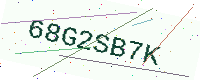
Text: 68G2SB7K